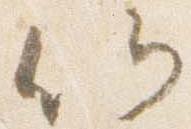
候